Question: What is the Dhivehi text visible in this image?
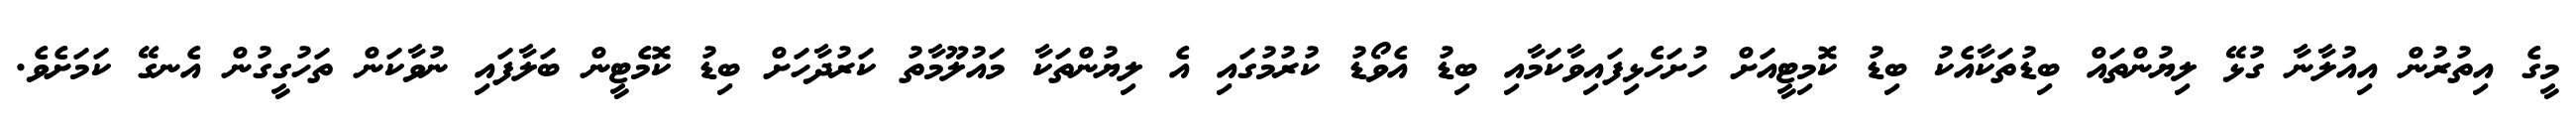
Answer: މީގެ އިތުރުން އިއުލާނާ ގުޅޭ ލިޔުންތައް ބިޑުތަކާއެކު ބިޑު ކޮމިޓީއަށް ހުށަހެޅިފައިވާކަމާއި ބިޑު އެވޯޑު ކުރުމުގައި އެ ލިޔުންތަކާ މައުލޫމާތު ކަރުދާހަށް ބިޑު ކޮމެޓީން ބަލާފައި ނުވާކަން ތަހުގީގުން އެނގޭ ކަމަށެވެ.